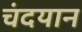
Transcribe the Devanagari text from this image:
चंदयान